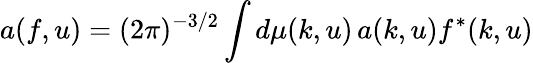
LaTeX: a(f,u)=(2\pi)^{-3/2}\int d\mu(k,u)\, a(k,u)f^{*}(k,u)